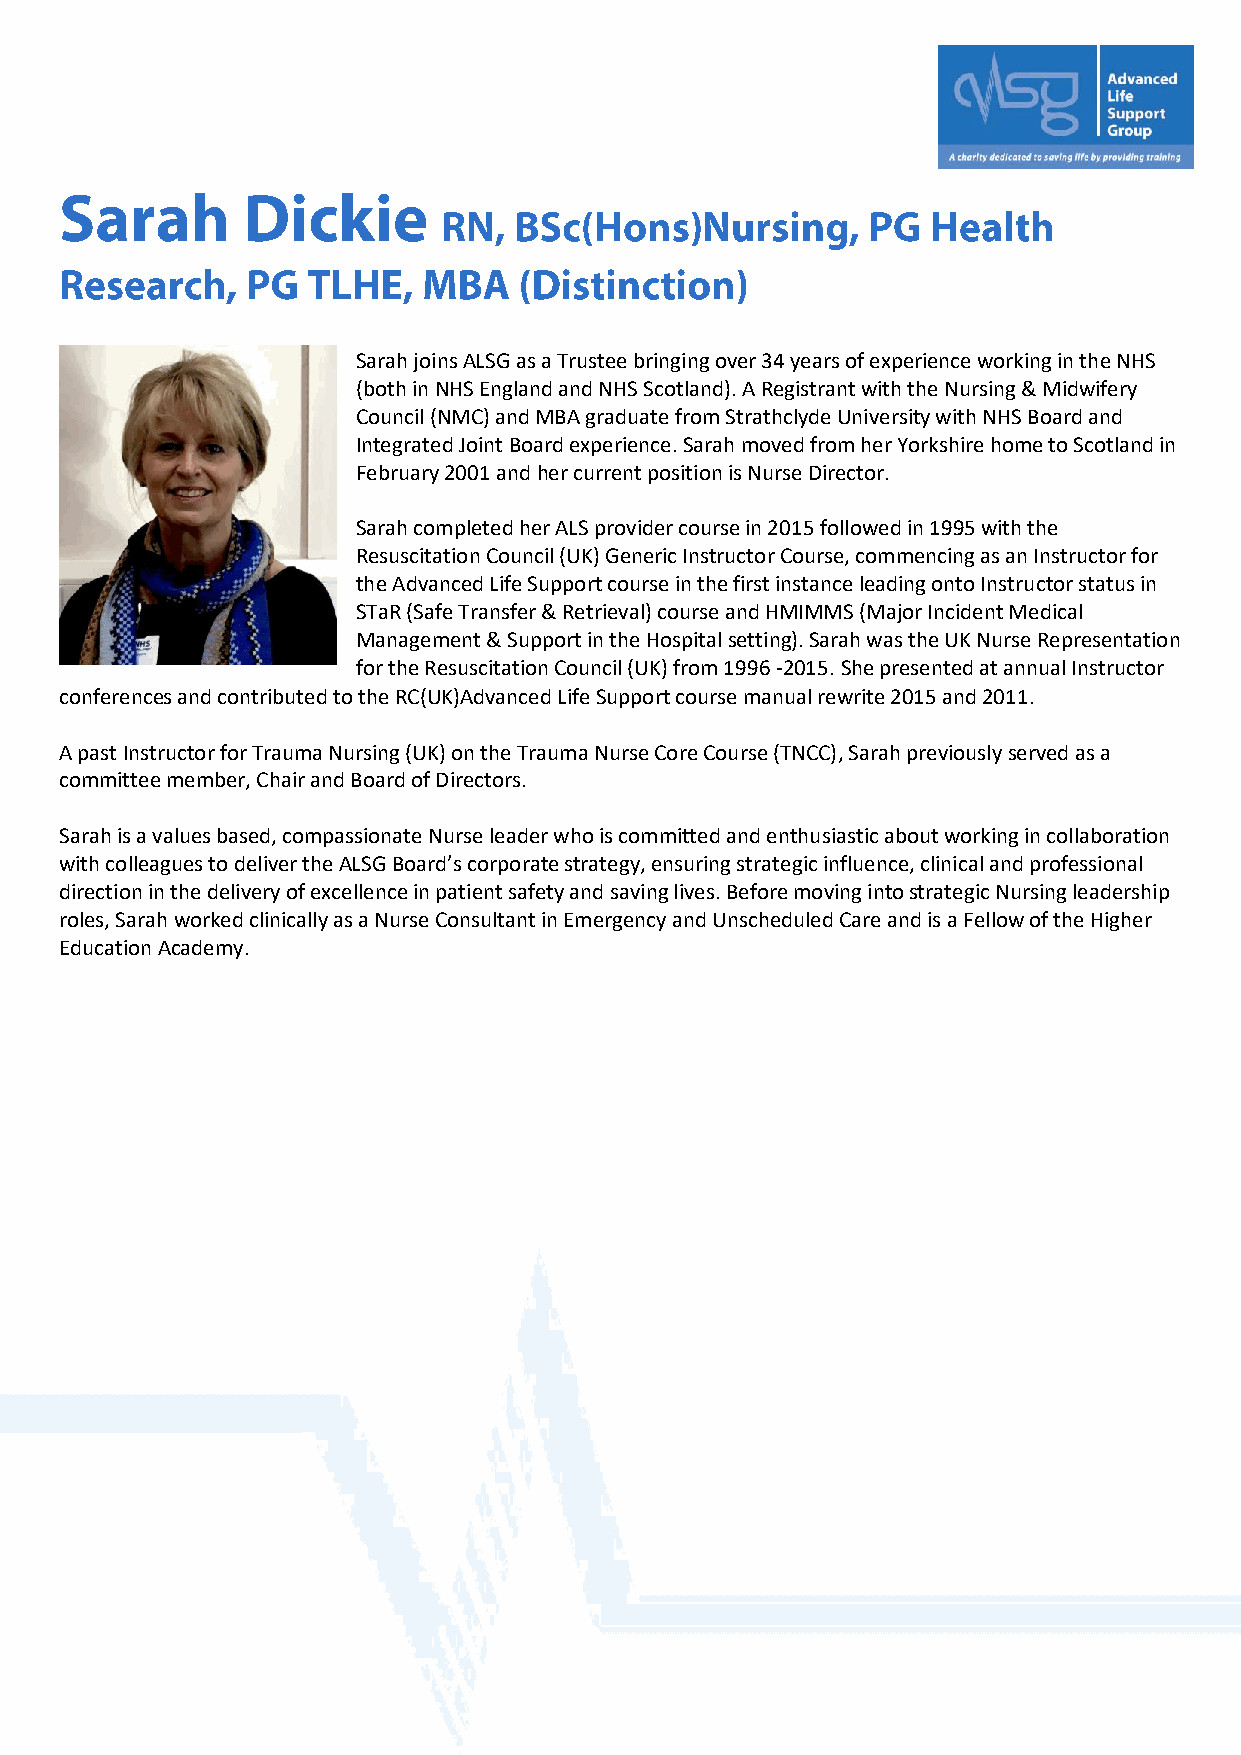
Sarah joins ALSG as a Trustee bringing over 34 years of experience working in the NHS
 (both in NHS England and NHS Scotland). A Registrant with the Nursing & Midwifery
 Council (NMC) and MBA graduate from Strathclyde University with NHS Board and
 Integrated Joint Board experience. Sarah moved from her Yorkshire home to Scotland in
 February 2001 and her current position is Nurse Director.
 Sarah completed her ALS provider course in 2015 followed in 1995 with the
 Resuscitation Council (UK) Generic Instructor Course, commencing as an Instructor for
 the Advanced Life Support course in the first instance leading onto Instructor status in
 STaR (Safe Transfer & Retrieval) course and HMIMMS (Major Incident Medical
 Management & Support in the Hospital setting). Sarah was the UK Nurse Representation
 for the Resuscitation Council (UK) from 1996 -2015. She presented at annual Instructor
 conferences and contributed to the RC(UK)Advanced Life Support course manual rewrite 2015 and 2011.
 A past Instructor for Trauma Nursing (UK) on the Trauma Nurse Core Course (TNCC), Sarah previously served as a
 committee member, Chair and Board of Directors.
 Sarah is a values based, compassionate Nurse leader who is committed and enthusiastic about working in collaboration
 with colleagues to deliver the ALSG Board’s corporate strategy, ensuring strategic influence, clinical and professional
 direction in the delivery of excellence in patient safety and saving lives. Before moving into strategic Nursing leadership
 roles, Sarah worked clinically as a Nurse Consultant in Emergency and Unscheduled Care and is a Fellow of the Higher
 Education Academy.